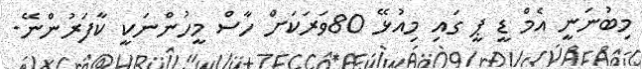
މިބުނަނީ އެމް ޑީ ޕީ ގައި މިއުޅޭ 80ވަރަކަށް ހާސް މީހުންނަކީ ކާފަރުންނޭ.